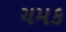
ચમક